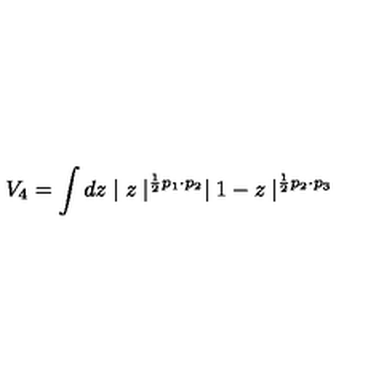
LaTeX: V _ { 4 } = \int d z \mid z \mid ^ { \frac { 1 } { 2 } p _ { 1 } \cdot p _ { 2 } } \mid 1 - z \mid ^ { \frac { 1 } { 2 } p _ { 2 } \cdot p _ { 3 } }